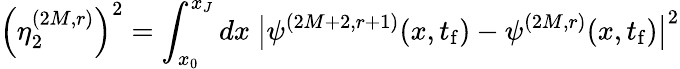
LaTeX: \left(\eta_{2}^{(2M,r)}\right)^{2}=\int_{x_{0}}^{x_{J}}dx\ \big|\psi^{(2M+2,r+1)}(x,t_{\mathrm{f}})-\psi^{(2M,r)}(x,t_{\mathrm{f}})\big|^{2}